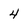
Character: 4